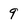
Character: 9